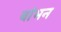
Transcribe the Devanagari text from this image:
बांभन